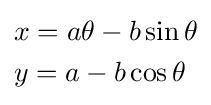
{\begin{aligned}&x=a\theta -b\sin \theta \\&y=a-b\cos \theta \end{aligned}}